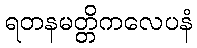
ရတနမတ္တိကလေပနံ